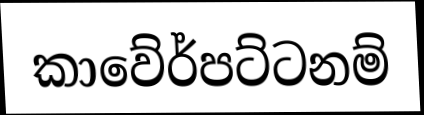
කාවේර්පට්ටනම්